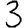
Digit: 3